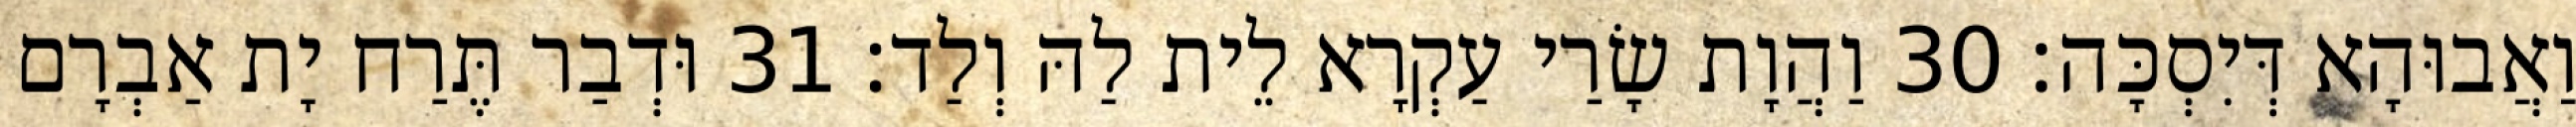
וַאֲבוּהָא דְּיִסְכָּה׃ 30 וַהֲוָת שָׂרַי עַקְרָא לֵית לַהּ וְלַד׃ 31 וּדְבַר תֶּרַח יָת אַבְרָם